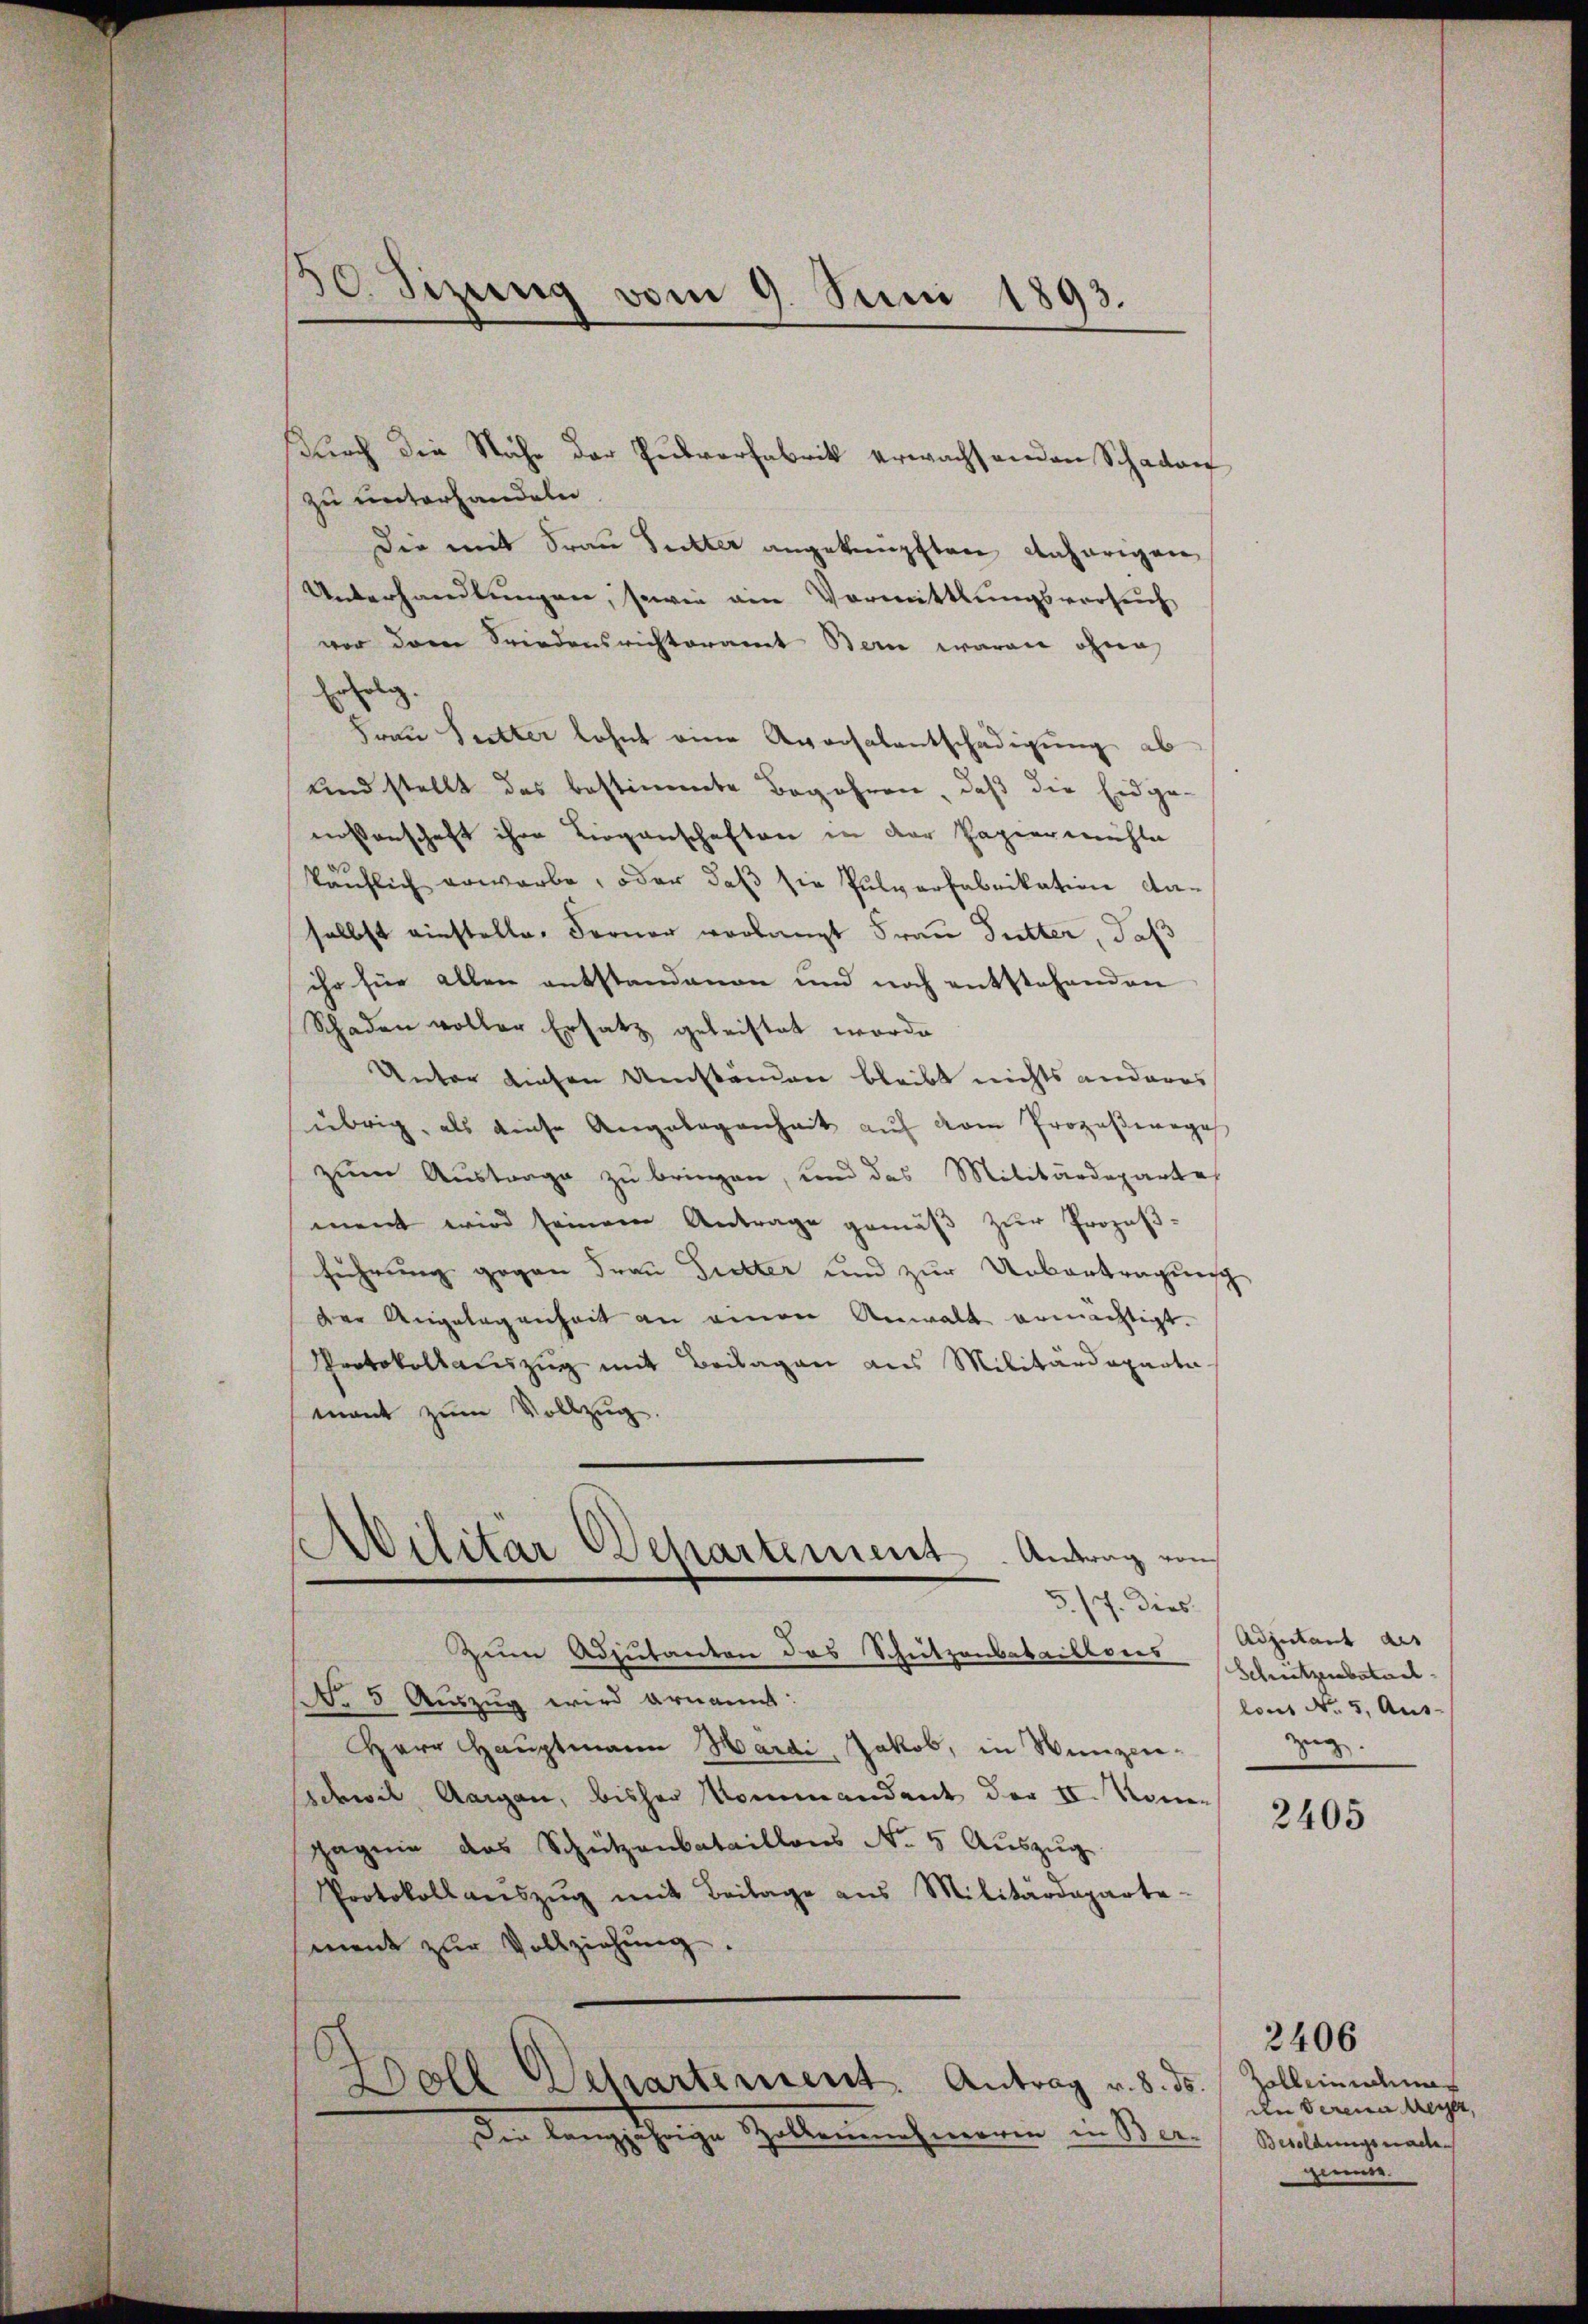
30. Sizung vom 9. Juni 1893.

zu unterhandeln.
Die mit Frau Sutter angeknüpften daherigen
Unterhandlŭngen, sowie ain Vormittlungsversuch
vor dem Friedensrichteramt Bern waren ohne
Erlg.
Frau Sutter lohnt eine Aversalentschädigung ab
und stellt das bestimmte Begehren, daß die Eidge-
nossenschaft ihre Liegenschaften in der Papiermühle
käuflich erwarbe, oder daß sie Pulverfabrikation daselbst einstelle. Ferner vorlangt Frau Sutter, daß
ihr für allen entstandenen und noch entstehenden
Schaden voller Ersatz geleistet worde
Unter diesen Umständen bleibt nichts anderes
übrig, als diese Angelegenheit auf vom Prozeßwege
zum Austrage zu bringen, und das Militärdepartes
ment wird seinem Antrage gemäβ zŭr Prozeβ-
führung gegen Frau Gietter und zur Uebertragung
der Angelegenheit an einen Anwalt ermächtigt.
Protokollauszug mit Beilagen aus Militärdeparta
mant zum Vollzug.

durch die Nähe der Pulverfabrik erwachsenden Schaden

Abilitar Departement. Antrag von
5./7. Dies
Zum Adjutanten das Schutzenbataillons

No 5 Auszug wird ernannt:
Herr Hauptmann Hardi, Jakob, in Wenzenschwil, Aargau, bisher Kommandant der II. Namen
pagnie das Schützenbataillons No 5 Aŭszŭg
Protokoll aŭszŭg mit Beilage ans Militärdeparte-
ment zur Vollziehung.
Doll Departement. Antrag v. 8. ds.
Die langjährige Zollenenehmerren in Ber-

Adjutant des
Schreizerbatail.
lons No. 5. Aus-
zug.

2405

Zelleinentia
de Vereier Meyer,
Besoldungsnachginne

2406